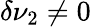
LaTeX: \delta\nu_{2}\neq 0